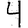
Digit: 4